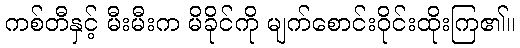
ကစ်တီနှင့် မီးမီးက မိခိုင်ကို မျက်စောင်းဝိုင်းထိုးကြ၏။